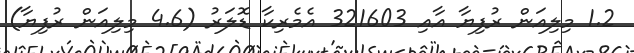
1.2 މިލިއަން ރުފިޔާ އާއި 321603 އެމެރިކާ ޑޮލަރު (4.6 މިލިއަން ރުފިޔާ)